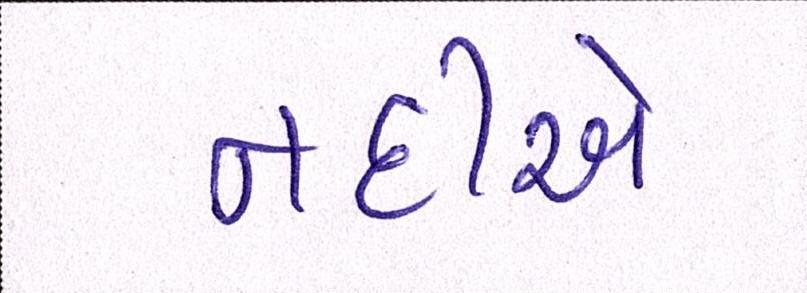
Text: નદીએ